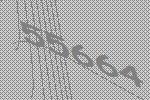
55664